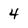
Character: 4